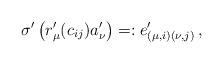
LaTeX: \begin{align*}\sigma'\left(r'_{\mu}(c_{ij})a'_{\nu}\right)=:e'_{(\mu, i) (\nu, j)}\,,\end{align*}